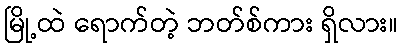
မြို့ထဲ ရောက်တဲ့ ဘတ်စ်ကား ရှိလား။